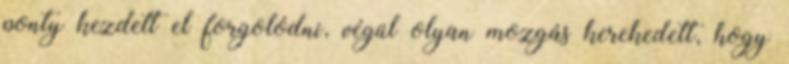
ponty kezdett el forgolódni, végül olyan mozgás kerekedett, hogy